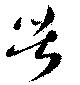
苦